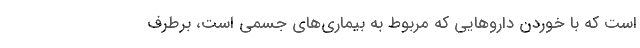
است که با خوردن دارو‌هایی که مربوط به بیماری‌های جسمی است، برطرف